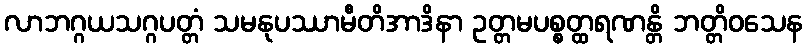
လာဘဂ္ဂယသဂ္ဂပတ္တံ သမနုပဿာမီတိအာဒိနာ ဥတ္တမပစ္စတ္ထရဏန္တိ ဘတ္တိဝသေန